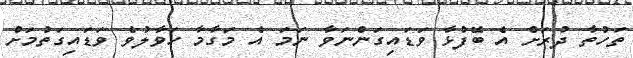
ތަހުތާ ދުރަށް އެ ބޭފުޅާ ވަޑައިގަންނަވާ ނަމަ އެ މަގާމާ ހަވާލުވެ ވަޑައިގަތުމަށް